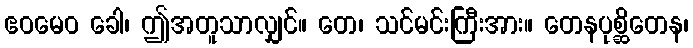
ဧဝမေဝ ခေါ၊ ဤအတူသာလျှင်။ တေ၊ သင်မင်းကြီးအား။ တေနပုစ္ဆိတေန၊